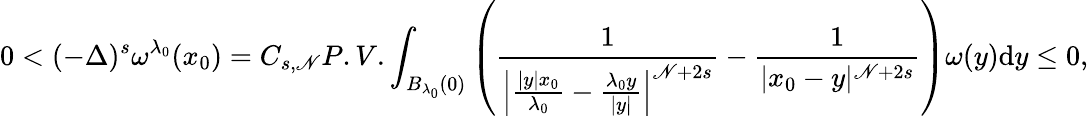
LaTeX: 0<(-\Delta)^{s}\omega^{\lambda_{0}}(x_{0})=C_{s,\mathscr{N}}P.V.\int_{B_{\lambda_{0}}(0)}\left(\frac{{1}}{{\left|\frac{{|y|x_{0}}}{{\lambda_{0}}}-\frac{{\lambda_{0}y}}{{|y|}}\right|^{\mathscr{N}+2s}}}-\frac{{1}}{{|x_{0}-y|^{\mathscr{N}+2s}}}\right)\omega(y)\mathrm{{d}}y\leq0,